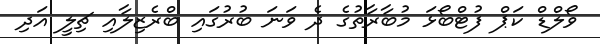
ވޯލްޑް ކަޕް ފުޓްބޯޅަ މުބާރާތުގެ ދެ ވަނަ ބުރުގައި ބްރެޒިލާއި ޗިލީ އަދި